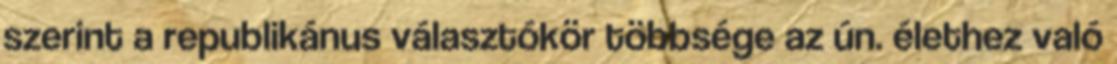
szerint a republikánus választókör többsége az ún. élethez való